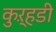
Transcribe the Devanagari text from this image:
कुऱ्हडी